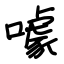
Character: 噱